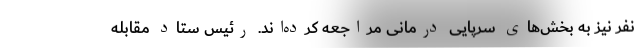
نفر نیز به بخش‌های سرپایی درمانی مراجعه کرده‌اند. رئیس ستاد مقابله